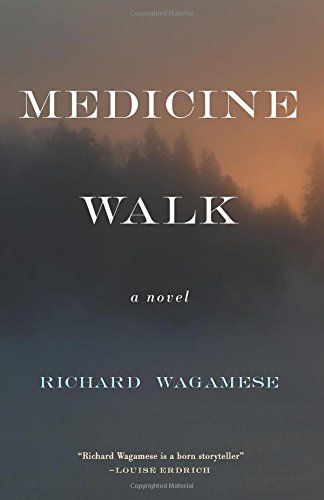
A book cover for Medicine Walk; Richard Wagamese; Literature & Fiction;